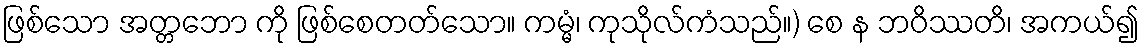
ဖြစ်သော အတ္တဘော ကို ဖြစ်စေတတ်သော။ ကမ္မံ၊ ကုသိုလ်ကံသည်။) စေ န ဘဝိဿတိ၊ အကယ်၍